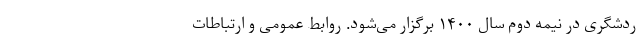
ردشگری در نیمه دوم سال ۱۴۰۰ برگزار می‌شود. روابط عمومی و ارتباطات